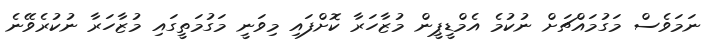
ނަމަވެސް މަގުމައްޗަށް ނުކުމެ އެމްޑީޕީން މުޒާހަރާ ކޮށްފައި މިވަނީ މަގުމަތީގައި މުޒާހަރާ ނުކުރެވޭނެ